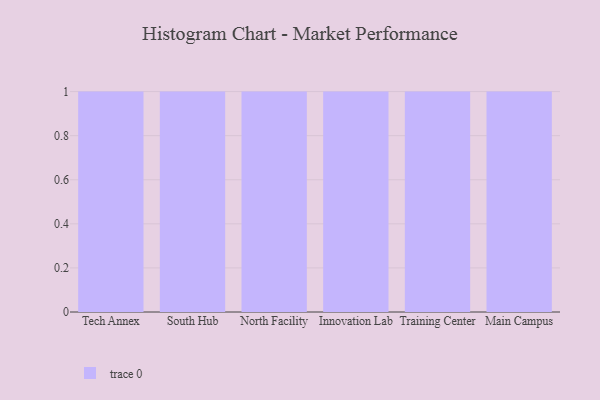
{"axis": {"x": "Campus", "y": "Population (Million)"}, "legend": [""], "data": [{"x": "Tech Annex", "y": 5, "type": ""}, {"x": "South Hub", "y": 70, "type": ""}, {"x": "North Facility", "y": 76, "type": ""}, {"x": "Innovation Lab", "y": 81, "type": ""}, {"x": "Training Center", "y": 33, "type": ""}, {"x": "Main Campus", "y": 87, "type": ""}]}